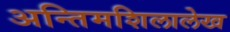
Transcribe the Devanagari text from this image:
अन्तिमशिलालेख